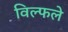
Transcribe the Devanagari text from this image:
विल्फले